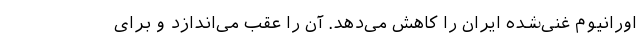
اورانیوم غنی‌شده ایران را کاهش می‌دهد. آن را عقب می‌اندازد و برای